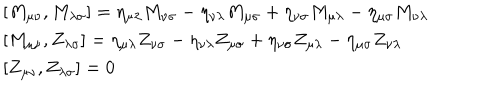
\begin{array} { l } { { [ M _ { \mu \nu } , M _ { \lambda \sigma } ] = \eta _ { \mu \lambda } M _ { \nu \sigma } - \eta _ { \nu \lambda } M _ { \mu \sigma } + \eta _ { \nu \sigma } M _ { \mu \lambda } - \eta _ { \mu \sigma } M _ { \nu \lambda } } } \\ { { \left[ M _ { \mu \nu } , Z _ { \lambda \sigma } \right] = \eta _ { \mu \lambda } Z _ { \nu \sigma } - \eta _ { \nu \lambda } Z _ { \mu \sigma } + \eta _ { \nu \sigma } Z _ { \mu \lambda } - \eta _ { \mu \sigma } Z _ { \nu \lambda } } } \\ { { \left[ Z _ { \mu \nu } , Z _ { \lambda \sigma } \right] = 0 } } \\ \end{array}